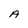
Character: A